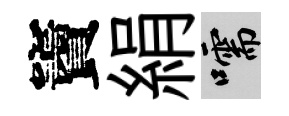
竇絹嚅